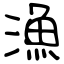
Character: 漁